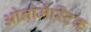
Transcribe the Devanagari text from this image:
ओनोमैस्टिक